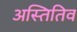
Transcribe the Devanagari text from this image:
अस्तितिव